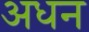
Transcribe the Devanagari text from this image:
अधन